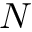
N